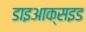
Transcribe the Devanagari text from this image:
डाइआक्सइड